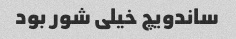
ساندویچ خیلی شور بود